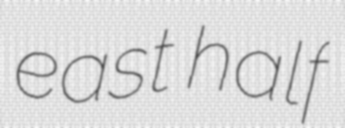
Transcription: east half